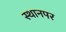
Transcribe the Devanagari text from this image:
स्‍थानपर